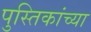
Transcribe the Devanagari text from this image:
पुस्तिकांच्‍या